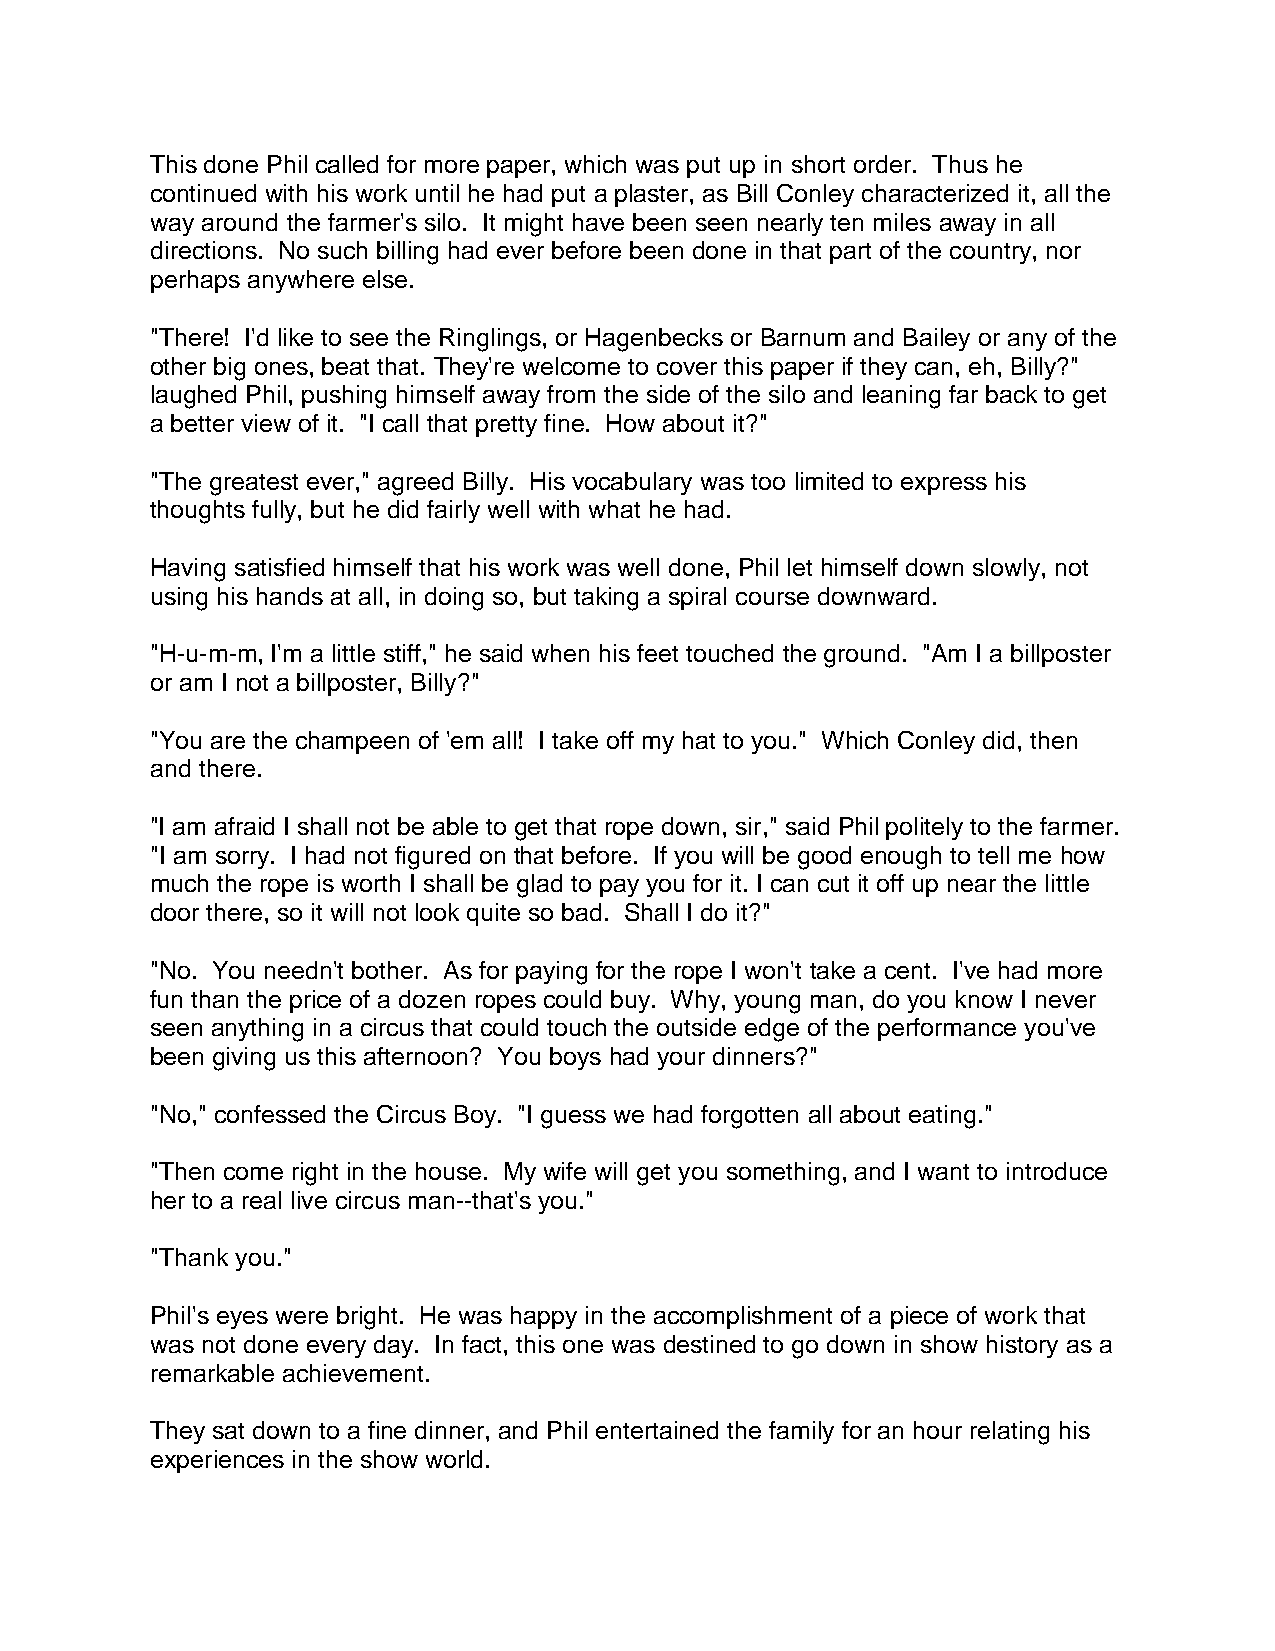
This done Phil called for more paper, which was put up in short order. Thus he
 continued with his work until he had put a plaster, as Bill Conley characterized it, all the
 way around the farmer's silo. It might have been seen nearly ten miles away in all
 directions. No such billing had ever before been done in that part of the country, nor
 perhaps anywhere else.
 "There! I'd like to see the Ringlings, or Hagenbecks or Barnum and Bailey or any of the
 other big ones, beat that. They're welcome to cover this paper if they can, eh, Billy?"
 laughed Phil, pushing himself away from the side of the silo and leaning far back to get
 a better view of it. "I call that pretty fine. How about it?"
 "The greatest ever," agreed Billy. His vocabulary was too limited to express his
 thoughts fully, but he did fairly well with what he had.
 Having satisfied himself that his work was well done, Phil let himself down slowly, not
 using his hands at all, in doing so, but taking a spiral course downward.
 "H-u-m-m, I'm a little stiff," he said when his feet touched the ground. "Am I a billposter
 or am I not a billposter, Billy?"
 "You are the champeen of 'em all! I take off my hat to you." Which Conley did, then
 and there.
 "I am afraid I shall not be able to get that rope down, sir," said Phil politely to the farmer.
 "I am sorry. I had not figured on that before. If you will be good enough to tell me how
 much the rope is worth I shall be glad to pay you for it. I can cut it off up near the little
 door there, so it will not look quite so bad. Shall I do it?"
 "No. You needn't bother. As for paying for the rope I won't take a cent. I've had more
 fun than the price of a dozen ropes could buy. Why, young man, do you know I never
 seen anything in a circus that could touch the outside edge of the performance you've
 been giving us this afternoon? You boys had your dinners?"
 "No," confessed the Circus Boy. "I guess we had forgotten all about eating."
 "Then come right in the house. My wife will get you something, and I want to introduce
 her to a real live circus man--that's you."
 "Thank you."
 Phil's eyes were bright. He was happy in the accomplishment of a piece of work that
 was not done every day. In fact, this one was destined to go down in show history as a
 remarkable achievement.
 They sat down to a fine dinner, and Phil entertained the family for an hour relating his
 experiences in the show world.